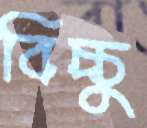
বিচ্চু